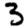
Digit: 3